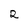
Character: 2